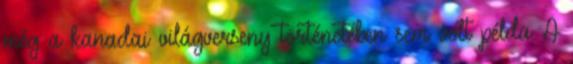
még a kanadai világverseny történetében sem volt példa A